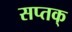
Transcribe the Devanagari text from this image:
सप्तक्